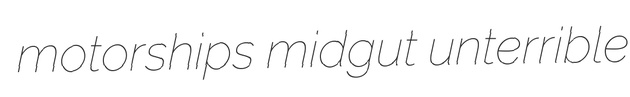
motorships midgut unterrible